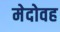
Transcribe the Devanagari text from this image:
मेदोवह